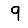
Digit: 9